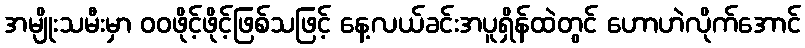
အမျိုးသမီးမှာ ဝဝဖိုင့်ဖိုင့်ဖြစ်သဖြင့် နေ့လယ်ခင်းအပူရှိန်ထဲတွင် ဟောဟဲလိုက်အောင်